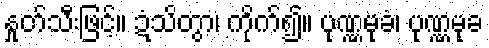
နှုတ်သီးဖြင့်။ ဍံသိတွာ၊ ကိုက်၍။ ပုဏ္ဏမုခံ၊ ပုဏ္ဏမုခ